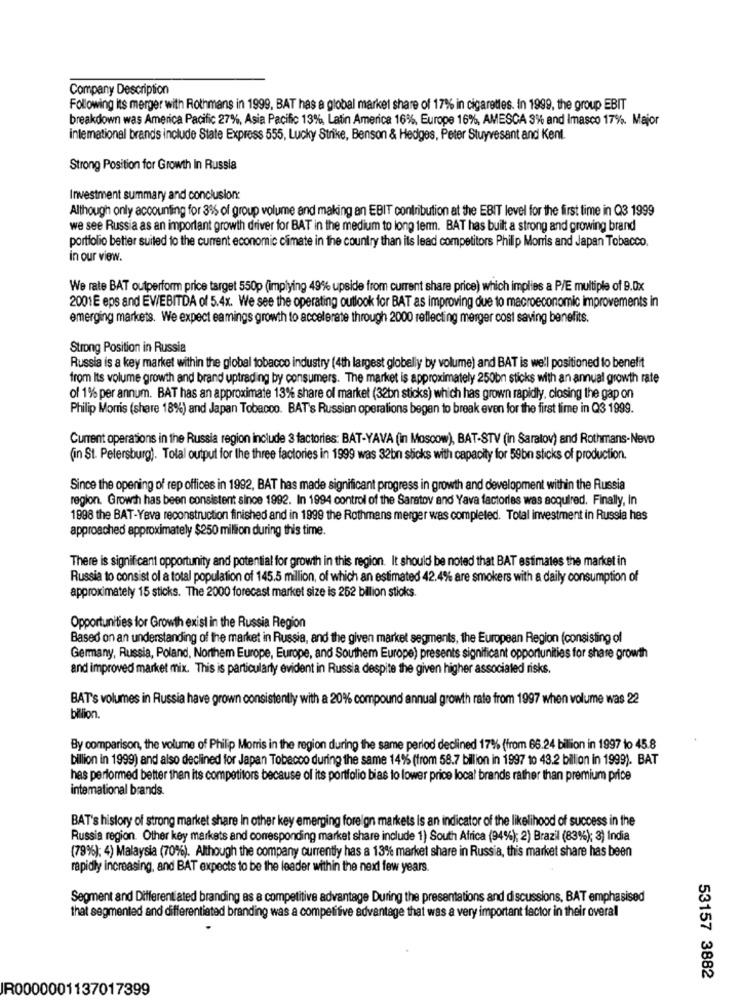
Company Description
Following its merger with Rothmans in 1999, BAT has a global market share of 17% in cigarettes. In 1999, the group EBIT
breakdown was America Pacific 27%, Asia Pacific 13% Latin America 16%, Europe 16%, AMESCA 3%% and Imasco 17%. Major
intemational brands include State Express 555, Lucky Strike, Benson & Hedges, Peter Stuyvesant and Kent.
Strong Position for Growth In Russia
Investment summary and conclusion:
Although only accounting for 3% of group volume and making an EBIT contribution at the EBIT level for the first time in Q3 1999
we see Russia as an important growth driver for BAT in the medium to long term. BAT has built a strong and growing brand
portfolio better suited to the current economic climate in the country than its lead competitors Philip Morris and Japan Tobacco.
in our view.
We rate BAT outperform price target 550p (implying 49% upside from current share price) which implies a P/E multiple of 9.0x
2001E eps and EV/EBITDA of 5.4x. We see the operating outlook for BAT as improving due to macroeconomic improvements in
emerging markets. We expect eamings growth to accelerate through 2000 reflecting merger cost saving benefits.
Strong Position in Russia
Russia is a key market within the global tobacco industry (4th largest globally by volume) and BAT is well positioned to benefit
from Its volume growth and brand uptrading by consumers. The market is approximately 250bn sticks with an annual growth rate
of 1% per annum. BAT has an approximate 13% share of market (32bn sticks) which has grown rapidly, closing the gap on
Philip Morris (share 18%) and Japan Tobacco. BAT's Russian operations begen to break even for the first time in Q3 1999.
Current operations in the Russia region include 3 factories: BAT-YAVA (in Moscow), BAT-STV (in Saratov) and Rothmans-Nevo
(in St. Petersburg). Total output for the three factories in 1999 was 32bn sboks with capacity for 59bn sticks of production.
Since the opening of rep offices in 1992, BAT has made significant progress in growth and development within the Russia
region. Growth has been consistent since 1992. In 1994 control of the Saratov and Yava factories was acquired. Finally, In
1998 the BAT-Yeva reconstruction finished and in 1999 the Rothmans merger was completed. Total investment in Russia hes
approached approximately $250 million during this time.
There is significant opportunity and potential for growth in this region. It should be noted that BAT estimates the market in
Russia to consist ol a total population of 145.5 million, of which an estimated 42.4% are smokers with a daily consumption of
approximately 15 sticks. The 2000 forecast market size is 252 billion sticks.
Opportunities for Growth exist in the Russia Region
Based on an understanding of the market in Russia, and the given market segments, the European Region (consisting of
Germany, Russia, Poland, Northem Europe, Europe, and Southem Europe) presents significant opportunities for share growth
and improved market mix. This is particularly evident in Russia despite the given higher associated risks.
BAT's volumes in Russia have grown consistently with a 20% compound annual growth rate from 1997 when volume was 22
billion.
By comparison, the volume of Philip Morris in the region during the same period declined 17% (from 66.24 bilion in 1997 to 45.8
billion in 1999) and also declined for Japan Tobacco during the same 14% (from 58.7 billion in 1997 to 43.2 billion in 1999). BAT
has performed better than its competitors because of its portfolio bias to lower price local brands rather than premium price
intemational brands.
BAT's history of strong market share In other key emerging foreign markets is an indicator of the likelihood of success in the
Russia region. Other key markets and corresponding market share include 1) South Africa (94%); 2) Brazil (83%); 3) India
(79%); 4) Malaysia (70%). Although the company currently has a 13% market share in Russia, this market share has been
rapidly increasing, and BAT expects to be the leader within the next few years.
Segment and Differentiated branding as a competitive advantage During the presentations and discussions, BAT emphasised
that segmented and differentiated branding was a competitive advantage that was a very important factor in their overall
53157 3882
IR0000001137017399